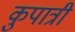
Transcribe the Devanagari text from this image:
कुपात्री